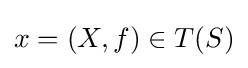
x=(X,f)\in T(S)